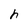
Character: h